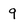
Character: 9